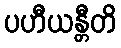
ပဟီယန္တီတိ